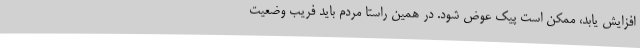
افزایش یابد، ممکن است پیک عوض شود. در همین راستا مردم باید فریب وضعیت